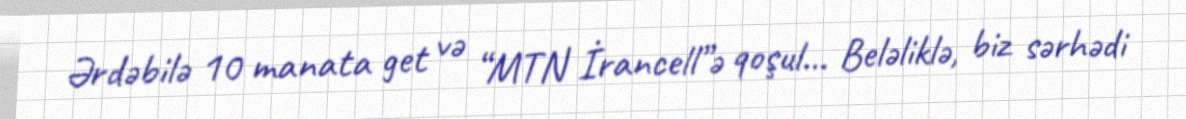
Ərdəbilə 10 manata get və “MTN İrancell”ə qoşul... Beləliklə, biz sərhədi